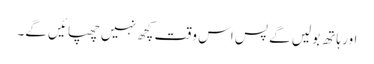
اور ہاتھ بولیں گے پس اس وقت کچھ نہیں چھپائیں گے۔